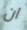
ان